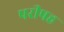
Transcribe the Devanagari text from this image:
परीषह